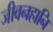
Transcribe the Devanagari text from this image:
जीवनहानि